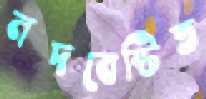
নদবেষ্টিত